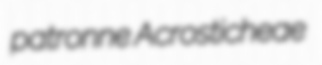
patronne Acrosticheae